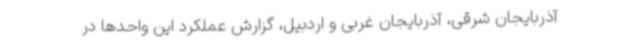
آذربایجان شرقی، آذربایجان غربی و اردبیل، گزارش عملکرد این واحدها در